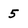
Character: 5